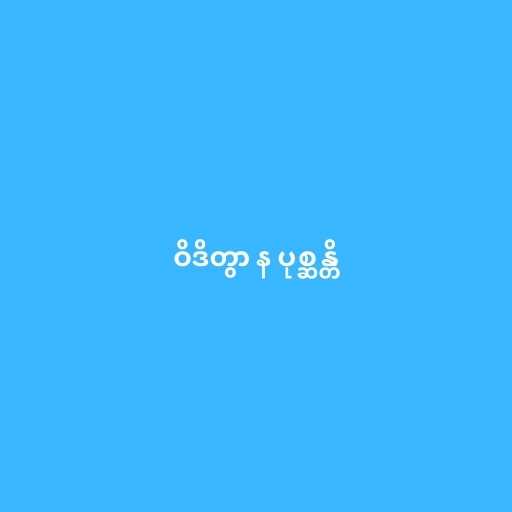
ဝိဒိတွာ န ပုစ္ဆန္တိ